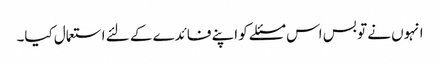
انہوں نے تو بس اس مسئلے کو اپنے فائدے کے لئے استعمال کیا۔